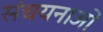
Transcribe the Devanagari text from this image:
संचयनाओं